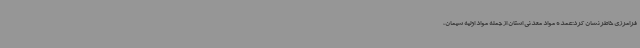
فرامرزی خاطرنشان کرد:عمده مواد معدنی استان از جمله مواد اولیه سیمان،